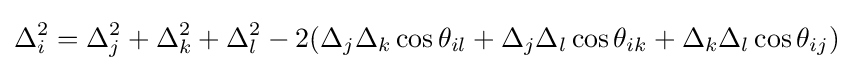
\Delta _{i}^{2}=\Delta _{j}^{2}+\Delta _{k}^{2}+\Delta _{l}^{2}-2(\Delta _{j}\Delta _{k}\cos \theta _{il}+\Delta _{j}\Delta _{l}\cos \theta _{ik}+\Delta _{k}\Delta _{l}\cos \theta _{ij})